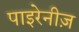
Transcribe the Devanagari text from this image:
पाइरेनीज़